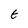
Character: E